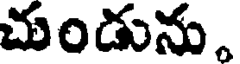
చుండును.